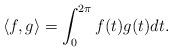
LaTeX: \begin{align*}\langle f,g \rangle=\int_0^{2\pi}f(t)g(t)dt.\end{align*}